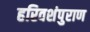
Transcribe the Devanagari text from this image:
हरिवशंपुराण